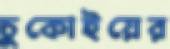
চুকোইয়ের